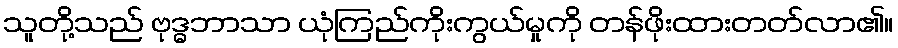
သူတို့သည် ဗုဒ္ဓဘာသာ ယုံကြည်ကိုးကွယ်မှုကို တန်ဖိုးထားတတ်လာ၏။